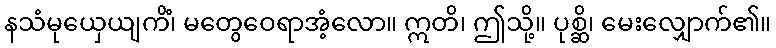
နသံမုယှေယျကိံ၊ မတွေဝေရာအံ့လော။ ဣတိ၊ ဤသို့။ ပုစ္ဆိ၊ မေးလျှောက်၏။